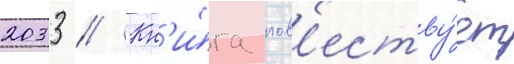
2033 // Кн'и́га пов'еству́ет